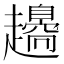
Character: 𧾫